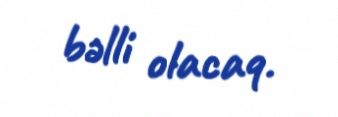
bəlli olacaq.